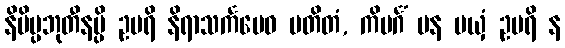
နိမိပ္ပဘုတီနမ္ပိ ဥပရိ နိရာသင်္ကမေဝ ပတိတံ, ကိမင်္ဂံ ပန မယှံ ဥပရိ န